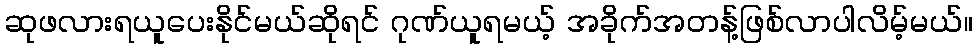
ဆုဖလားရယူပေးနိုင်မယ်ဆိုရင် ဂုဏ်ယူရမယ့် အခိုက်အတန့်ဖြစ်လာပါလိမ့်မယ်။